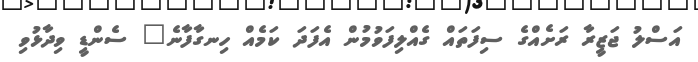
އަސްލު ޖަޒީރާ ރަށެއްގެ ސިފަތައް ގެއްލިފަވުމުން އެފަދަ ކަމެއް ހިނގާފާނެ" ސެންޑީ ވިދާޅުވި